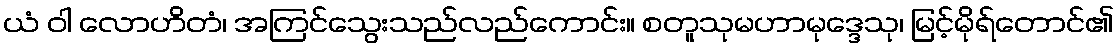
ယံ ဝါ လောဟိတံ၊ အကြင်သွေးသည်လည်ကောင်း။ စတူသုမဟာမုဒ္ဒေသု၊ မြင့်မိုရ်တောင်၏